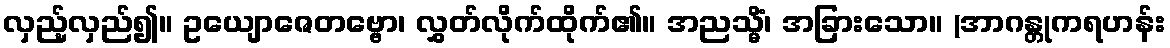
လှည့်လှည်၍။ ဥယျောဇေတဗ္ဗော၊ လွှတ်လိုက်ထိုက်၏။ အညသ္မိံ၊ အခြားသော။ (အာဂန္တုကရဟန်း